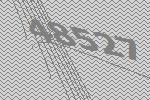
48527